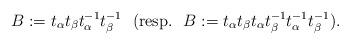
LaTeX: \begin{align*}B:=t_{\alpha}t_{\beta}t_{\alpha}^{-1}t_{\beta}^{-1} \ \ (\mathrm{resp.} \ \ B:=t_{\alpha}t_{\beta}t_{\alpha}t_{\beta}^{-1}t_{\alpha}^{-1}t_{\beta}^{-1}).\end{align*}